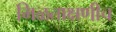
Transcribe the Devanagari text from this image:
मिळताक्षणीच